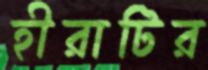
হীরাটির